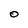
Character: O